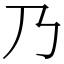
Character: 乃